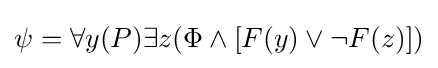
\psi =\forall y(P)\exists z(\Phi \wedge [F(y)\vee \neg F(z)])